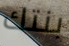
بنتك